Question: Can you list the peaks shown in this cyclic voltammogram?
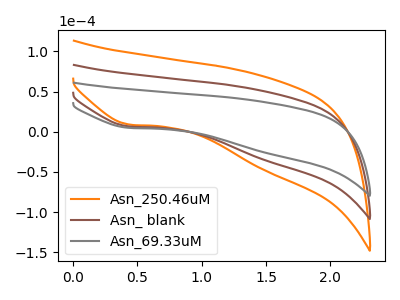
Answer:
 <answer>The orange curve "Asn_250.46uM" has a cathodic peak at: (0.45V, 13.10uA). The brown curve "Asn_ blank" has a cathodic peak at: (0.45V, 6.55uA). The gray curve "Asn_69.33uM" has a cathodic peak at: (0.45V, 4.80uA).</answer>
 <eval></eval>